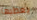
يعطيها